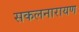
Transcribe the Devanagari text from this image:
सकलनारायण